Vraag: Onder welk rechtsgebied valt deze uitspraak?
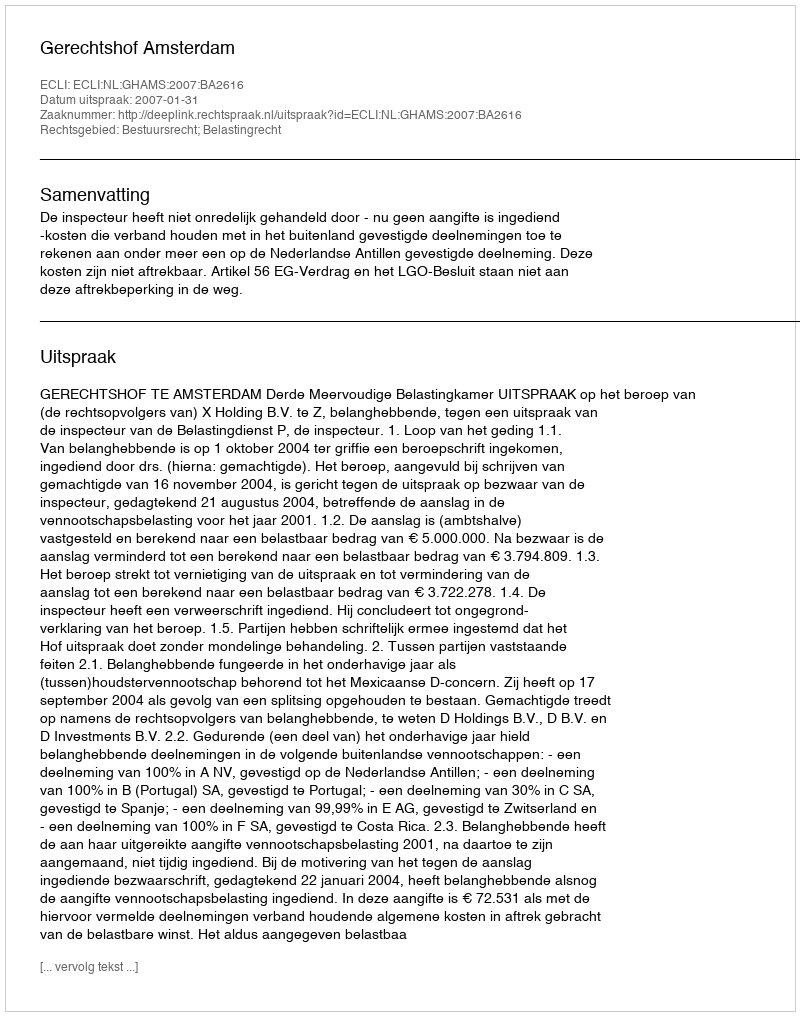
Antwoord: Bestuursrecht; Belastingrecht